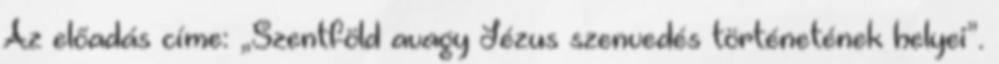
Az előadás címe: „Szentföld avagy Jézus szenvedés történetének helyei”.